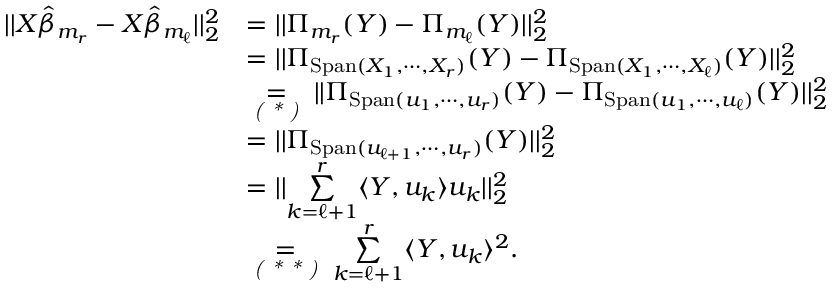
\begin{array} { r l } { | | X \Hat { \beta } _ { m _ { r } } - X \Hat { \beta } _ { m _ { \ell } } | | _ { 2 } ^ { 2 } } & { = | | \Pi _ { m _ { r } } ( Y ) - \Pi _ { m _ { \ell } } ( Y ) | | _ { 2 } ^ { 2 } } \\ & { = | | \Pi _ { \mathrm { S p a n } ( X _ { 1 } , \cdots , X _ { r } ) } ( Y ) - \Pi _ { \mathrm { S p a n } ( X _ { 1 } , \cdots , X _ { \ell } ) } ( Y ) | | _ { 2 } ^ { 2 } } \\ & { \underset { \textit { ( * ) } } { = } | | \Pi _ { \mathrm { S p a n } ( u _ { 1 } , \cdots , u _ { r } ) } ( Y ) - \Pi _ { \mathrm { S p a n } ( u _ { 1 } , \cdots , u _ { \ell } ) } ( Y ) | | _ { 2 } ^ { 2 } } \\ & { = | | \Pi _ { \mathrm { S p a n } ( u _ { \ell + 1 } , \cdots , u _ { r } ) } ( Y ) | | _ { 2 } ^ { 2 } } \\ & { = | | \underset { k = \ell + 1 } { \overset { r } { \sum } } \langle Y , u _ { k } \rangle u _ { k } | | _ { 2 } ^ { 2 } } \\ & { \underset { \textit { ( * * ) } } { = } \underset { k = \ell + 1 } { \overset { r } { \sum } } \langle Y , u _ { k } \rangle ^ { 2 } . } \end{array}